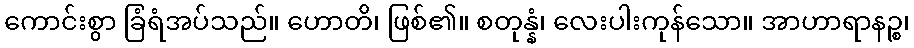
ကောင်းစွာ ခြံရံအပ်သည်။ ဟောတိ၊ ဖြစ်၏။ စတုန္နံ၊ လေးပါးကုန်သော။ အာဟာရာနဉ္စ၊